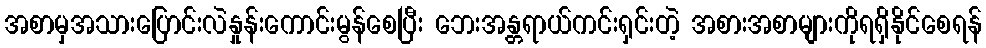
အစာမှအသားပြောင်းလဲနှုန်းကောင်းမွန်စေပြီး ဘေးအန္တရာယ်ကင်းရှင်းတဲ့ အစားအစာများကိုရရှိနိုင်စေရန်